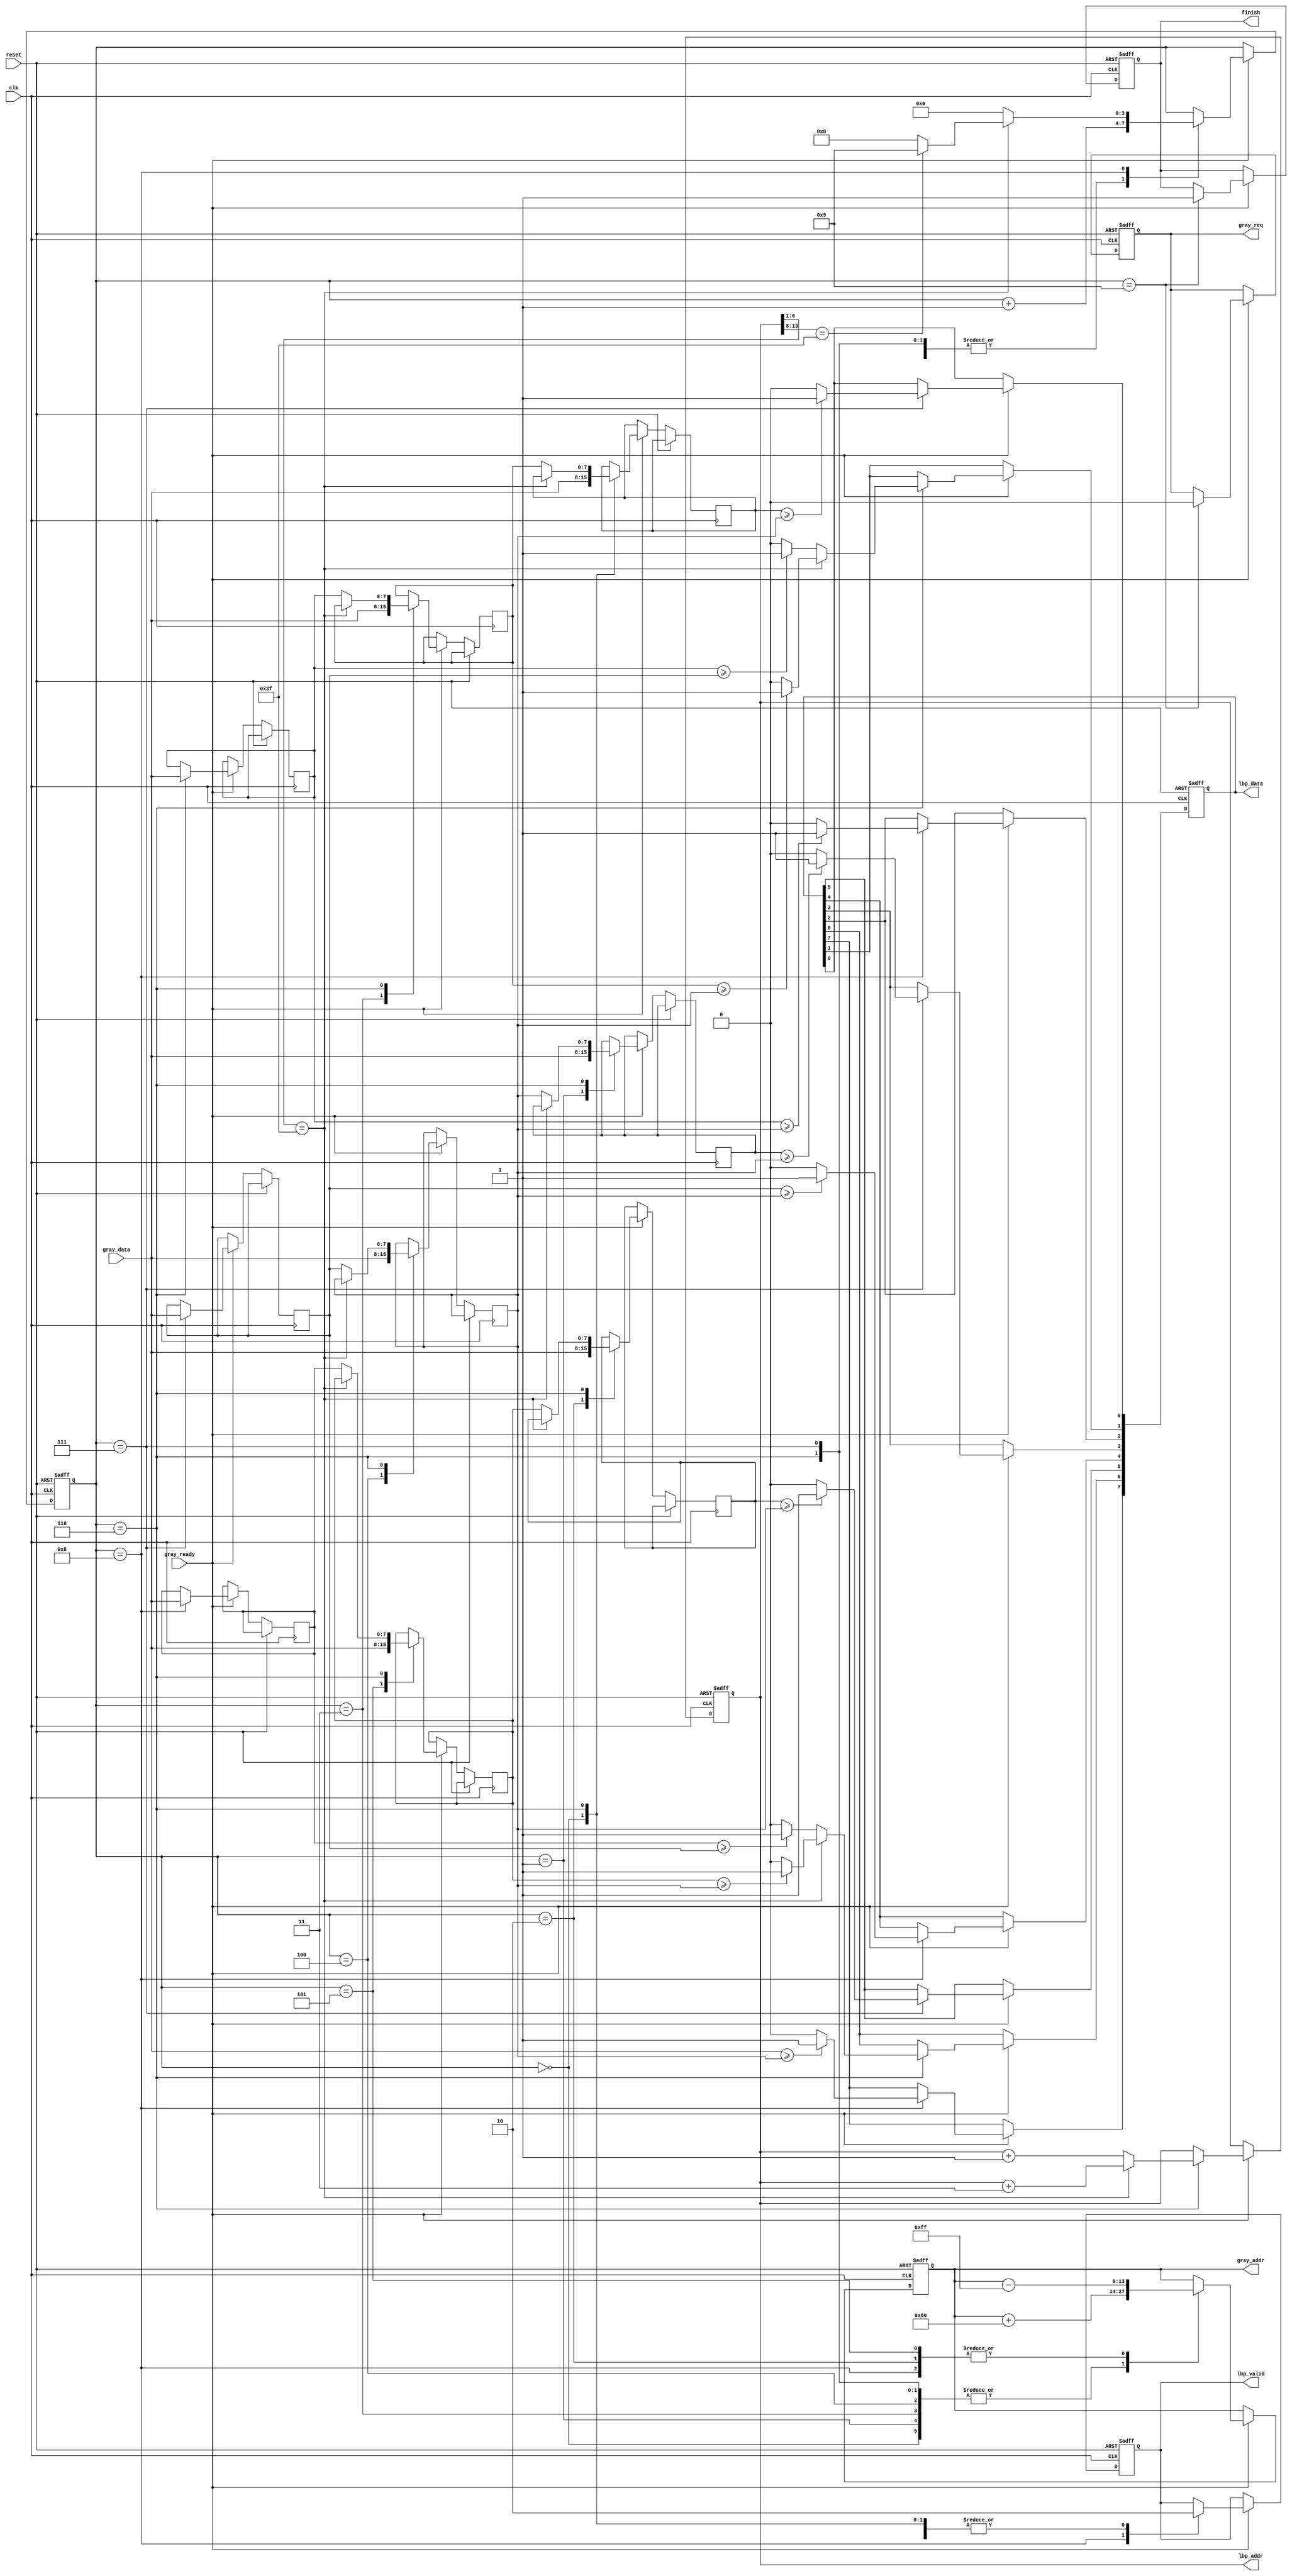
module LBP ( clk, reset, gray_addr, gray_req, gray_ready, gray_data, lbp_addr, lbp_valid, lbp_data, finish);
input   	clk;
input   	reset;
output  reg [13:0]  gray_addr;  
output  reg         gray_req;   
input               gray_ready; 
input       [7:0]   gray_data;
output  reg [13:0]  lbp_addr;   
output  reg         lbp_valid;  
output  reg [7:0]   lbp_data;
output  reg         finish;
//====================================================================

reg  [7:0]   data [8:0];
reg  [3:0]   state;

always @ (posedge clk or posedge reset) begin
    if(reset) begin
        gray_addr <= 0;
        gray_req <= 1;
        lbp_addr <= 14'd126;
        lbp_valid <= 0;
        lbp_data <= 0;
        finish <= 0;
        state <= 0;
    end
    else begin        
        if(gray_ready) begin           
            case(state)
                // read left 6 pixel
                // data[8:0] order
                // |0|3|6|
                // |1|4|7|
                // |2|5|8|
                // 
                // lbp_data[7:0] order
                // |0|1|2|
                // |3| |4|
                // |5|6|7|
                4'd0: begin
                    lbp_valid <= 0;
                    data[0] <= gray_data;
                    gray_addr <= gray_addr + 128; 
                    state <= state + 1;                   
                end
                4'd1: begin
                    data[1] <= gray_data;
                    gray_addr <= gray_addr + 128;
                    state <= state + 1;
                end
                4'd2: begin
                    data[2] <= gray_data;
                    gray_addr <= gray_addr - 255;  
                    state <= state + 1;                  
                end
                4'd3: begin
                    data[3] <= gray_data;
                    gray_addr <= gray_addr + 128;
                    state <= state + 1;
                end
                4'd4: begin
                    data[4] <= gray_data;
                    gray_addr <= gray_addr + 128;  
                    state <= state + 1;                  
                end
                4'd5: begin
                    data[5] <= gray_data;
                    gray_addr <= gray_addr - 255;
                    state <= state + 1;
                end
                4'd6: begin                                
                    lbp_valid <= 0;

                    //check last lbp_addr
                    if(lbp_addr[6:1] == 6'b111111) begin
                        lbp_addr <= lbp_addr + 3;
                        lbp_data[1] <= (data[3] >= data[4]) ? 1 : 0;
                        lbp_data[6] <= (data[5] >= data[4]) ? 1 : 0;
                    end
                    else begin                        
                        lbp_addr <= lbp_addr + 1;
                        data[0] <= data[3];  
                        data[1] <= data[4];
                        data[2] <= data[5]; 
                        data[3] <= data[6];  
                        data[4] <= data[7];
                        data[5] <= data[8];
                        lbp_data[1] <= (data[6] >= data[7]) ? 1 : 0;
                        lbp_data[6] <= (data[8] >= data[7]) ? 1 : 0;
                    end                        

                    data[6] <= gray_data;
                    gray_addr <= gray_addr + 128;     
                    state <= state + 1;               
                end
                4'd7: begin
                    lbp_data[0] <= (data[0] >= data[4]) ? 1 : 0;                    
                    lbp_data[3] <= (data[1] >= data[4]) ? 1 : 0;
                    lbp_data[5] <= (data[2] >= data[4]) ? 1 : 0;                                 

                    data[7] <= gray_data;
                    gray_addr <= gray_addr + 128;  
                    state <= state + 1;               
                end
                4'd8: begin
                    lbp_data[2] <= (data[6] >= data[4]) ? 1 : 0; 
                    lbp_data[4] <= (data[7] >= data[4]) ? 1 : 0;
                    lbp_data[7] <= (gray_data >= data[4]) ? 1 : 0;

                    data[8] <= gray_data; 
                    gray_addr <= gray_addr - 255;   
                    lbp_valid <= 1;

                    if(lbp_addr[6:1] == 6'b111111) begin
                        if(lbp_addr[13:8] == 6'b1111111) begin
                            state <= 9;
                        end
                        else begin
                            state <= 0;
                        end                        
                    end
                    else begin                        
                        state <= 6;
                    end

                end
                4'd9: begin
                    lbp_valid <= 0;
                    finish <= 1;
                    gray_req <= 0;
                end
            endcase
        end
    end
end
//====================================================================
endmodule